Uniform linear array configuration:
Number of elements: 4
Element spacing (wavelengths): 0.5
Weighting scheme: exponential
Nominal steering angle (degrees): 0
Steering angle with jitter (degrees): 0.872
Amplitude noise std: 0.05
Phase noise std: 0.05

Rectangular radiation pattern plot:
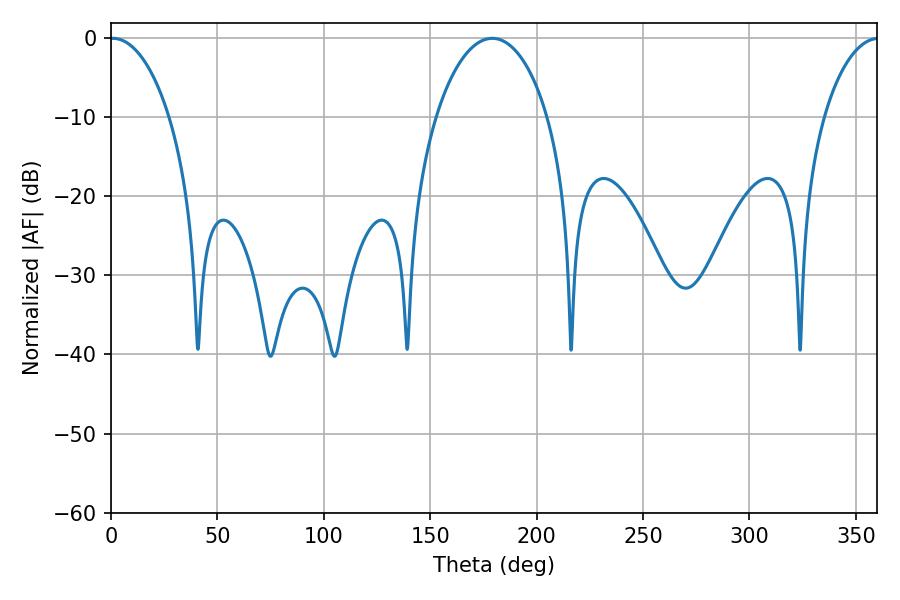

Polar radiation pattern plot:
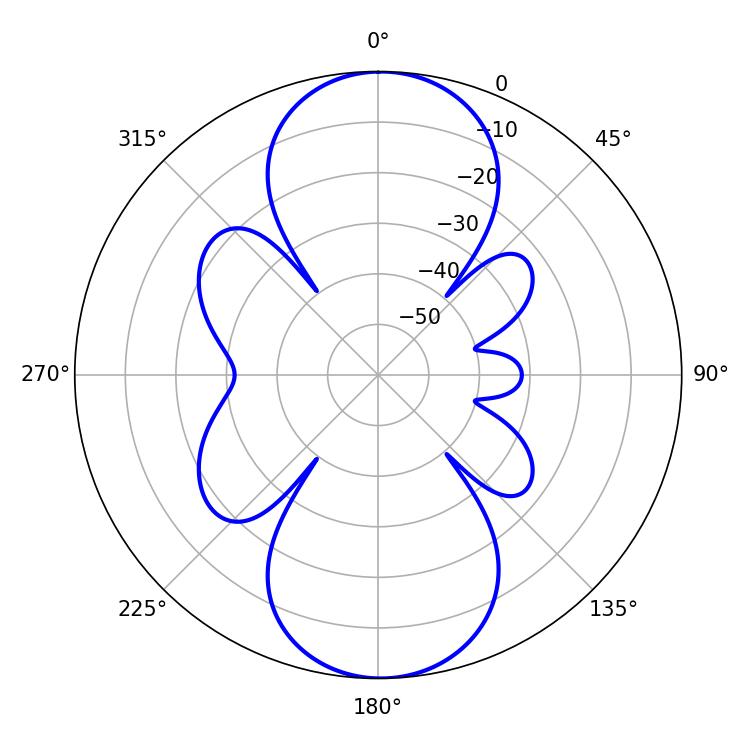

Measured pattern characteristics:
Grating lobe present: FALSE
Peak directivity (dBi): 22.48
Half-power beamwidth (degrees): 15.84
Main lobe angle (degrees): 0.9